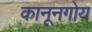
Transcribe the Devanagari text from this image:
कानूनगोय